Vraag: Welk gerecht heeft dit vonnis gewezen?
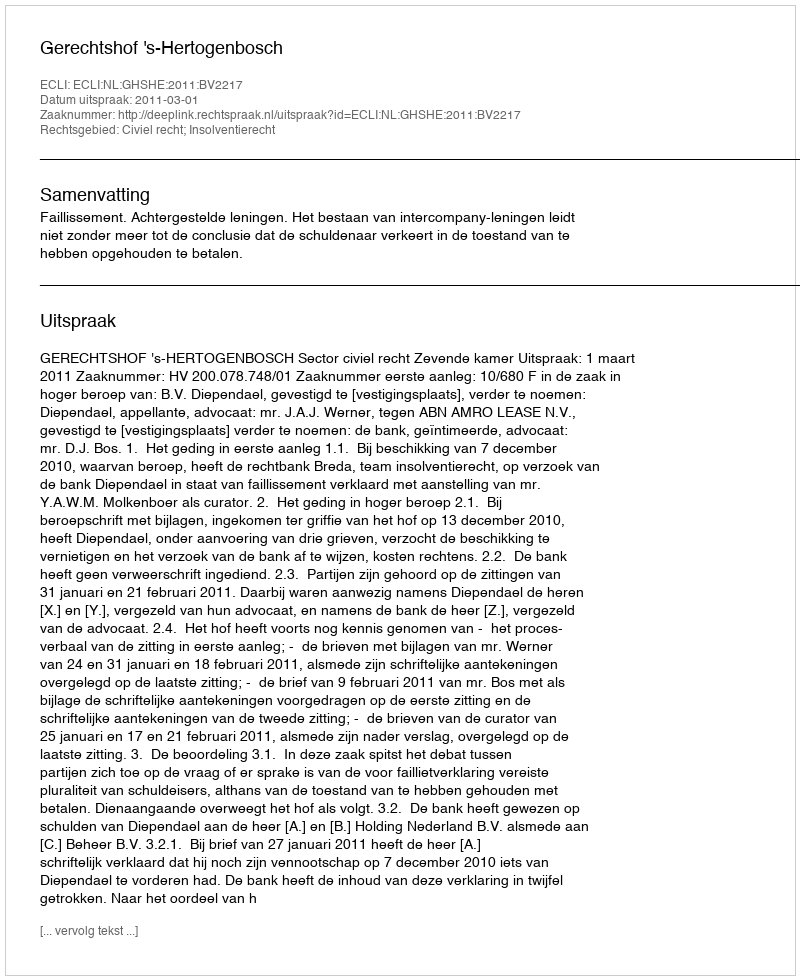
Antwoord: Gerechtshof 's-Hertogenbosch